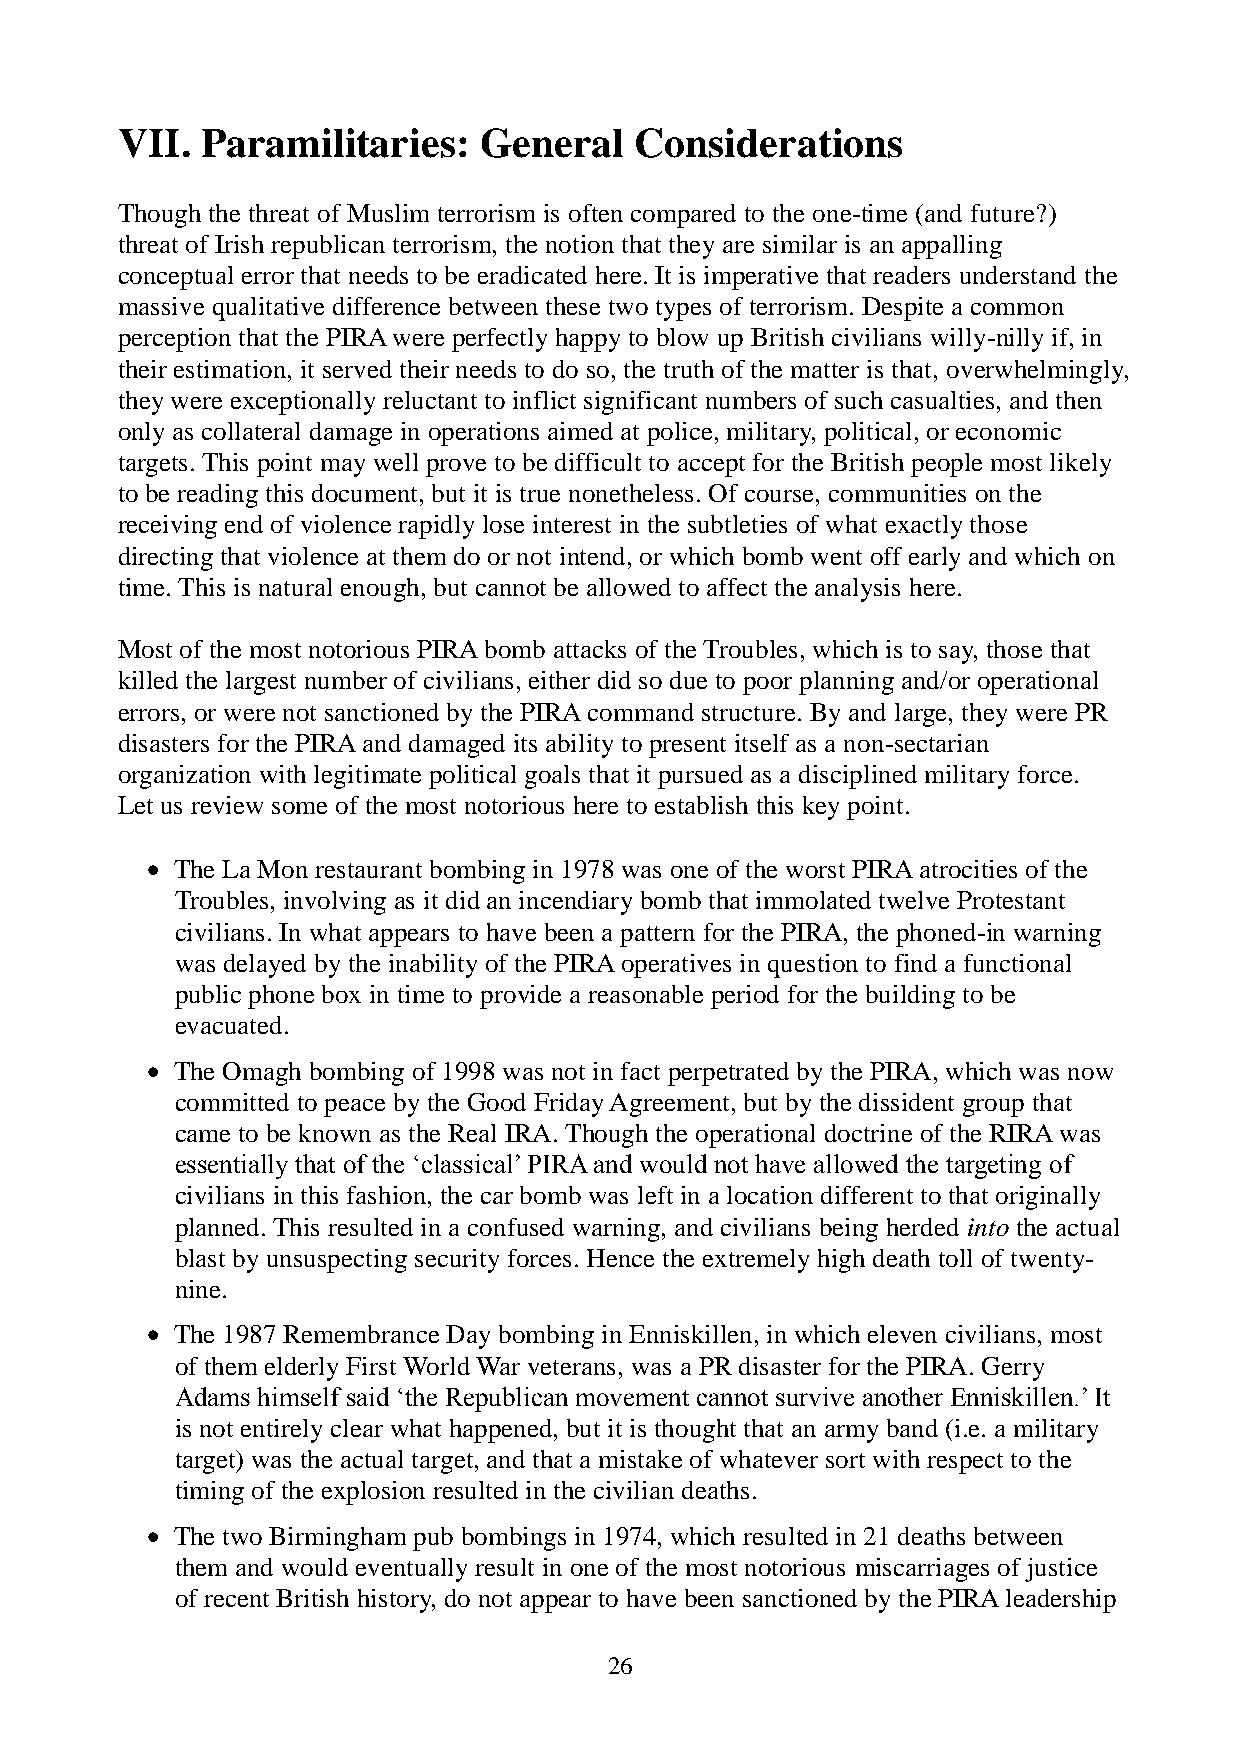
VII. Paramilitaries:    General   Considerations
 Though the threat of Muslim terrorism is often compared to the one-time (and future?)
 threat of Irish republican terrorism, the notion that they are similar is an appalling
 conceptual error that needs to be eradicated here. It is imperative that readers understand the
 massive qualitative difference between these two types of terrorism. Despite a common
 perception that the PIRA were perfectly happy to blow up British civilians willy-nilly if, in
 their estimation, it served their needs to do so, the truth of the matter is that, overwhelmingly,
 they were exceptionally reluctant to inflict significant numbers of such casualties, and then
 only as collateral damage in operations aimed at police, military, political, or economic
 targets. This point may well prove to be difficult to accept for the British people most likely
 to be reading this document, but it is true nonetheless. Of course, communities on the
 receiving end of violence rapidly lose interest in the subtleties of what exactly those
 directing that violence at them do or not intend, or which bomb went off early and which on
 time. This is natural enough, but cannot be allowed to affect the analysis here.
 Most of the most notorious PIRA bomb attacks of the Troubles, which is to say, those that
 killed the largest number of civilians, either did so due to poor planning and/or operational
 errors, or were not sanctioned by the PIRA command structure. By and large, they were PR
 disasters for the PIRA and damaged its ability to present itself as a non-sectarian
 organization with legitimate political goals that it pursued as a disciplined military force.
 Let us review some of the most notorious here to establish this key point.
  The La Mon restaurant bombing in 1978 was one of the worst PIRA atrocities of the
 Troubles, involving as it did an incendiary bomb that immolated twelve Protestant
 civilians. In what appears to have been a pattern for the PIRA, the phoned-in warning
 was delayed by the inability of the PIRA operatives in question to find a functional
 public phone box in time to provide a reasonable period for the building to be
 evacuated.
  The Omagh bombing of 1998 was not in fact perpetrated by the PIRA, which was now
 committed to peace by the Good Friday Agreement, but by the dissident group that
 came to be known as the Real IRA. Though the operational doctrine of the RIRA was
 essentially that of the ‘classical’ PIRA and would not have allowed the targeting of
 civilians in this fashion, the car bomb was left in a location different to that originally
 planned. This resulted in a confused warning, and civilians being herded into the actual
 blast by unsuspecting security forces. Hence the extremely high death toll of twenty-
 nine.
  The 1987 Remembrance Day bombing in Enniskillen, in which eleven civilians, most
 of them elderly First World War veterans, was a PR disaster for the PIRA. Gerry
 Adams himself said ‘the Republican movement cannot survive another Enniskillen.’ It
 is not entirely clear what happened, but it is thought that an army band (i.e. a military
 target) was the actual target, and that a mistake of whatever sort with respect to the
 timing of the explosion resulted in the civilian deaths.
  The two Birmingham pub bombings in 1974, which resulted in 21 deaths between
 them and would eventually result in one of the most notorious miscarriages of justice
 of recent British history, do not appear to have been sanctioned by the PIRA leadership
 26